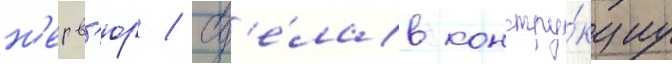
н'ерв'юр / сд'е́лав констру́кциу